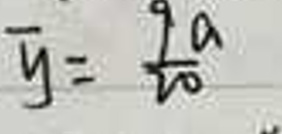
\(\overline{y}=\frac{9a}{20}\)